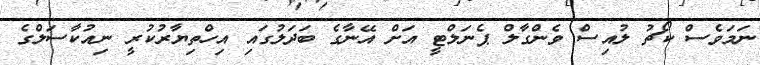
ނަމަވެސް ކޯޗު ލުއިސް ވެންގާލް ޕެނަލްޓީ އަށް އޭނާގެ ބަދަލުގައި އިހްތިޔާރުކުރީ ނިއުކާސަލްގެ